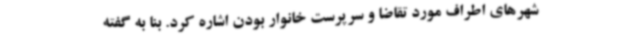
شهرهای اطراف مورد تقاضا و سرپرست خانوار بودن اشاره کرد. بنا به گفته